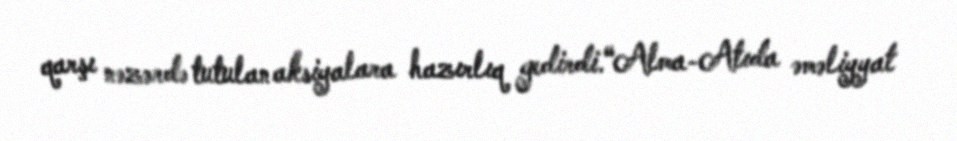
qarşı nəzərdə tutulan aksiyalara hazırlıq gedirdi.“Alma-Atıda əməliyyat